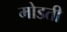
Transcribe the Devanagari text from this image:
मोडती